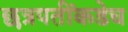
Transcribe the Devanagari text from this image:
छत्रपतींकडेच